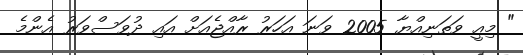
" މިއީ ވަތަނިއްޔާ 2005 ވަނަ އަހަރު ރާއްޖެއަށް އައި ދުވަސްވަރު އެންމެ